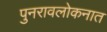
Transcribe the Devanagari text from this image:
पुनरावलोकनात